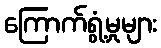
ကြောက်ရွံ့မှုများ